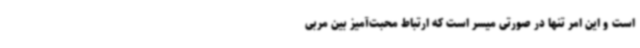
است و این امر تنها در صورتی میسر است که ارتباط محبت‌آمیز بین مربی